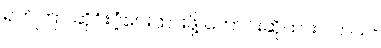
ရက်ကြာ ဆိုင်းငံ့ပေးထားဖို့ တောင်းဆိုထားပါတယ်။